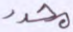
محدد